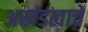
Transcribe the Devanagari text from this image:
अखंडत्वाचे